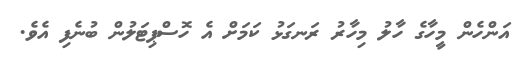
އަންހެން މީހާގެ ހާލު މިހާރު ރަނގަޅު ކަމަށް އެ ހޮސްޕިޓަލުން ބުނެފި އެވެ.